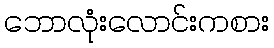
ဘောလုံးလောင်းကစား